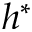
h ^ { \ast }